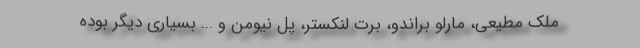
ملک مطیعی، مارلو براندو، برت لنکستر، پل نیومن و ... بسیاری دیگر بوده